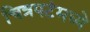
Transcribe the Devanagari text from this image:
चित्रपटंमध्ये